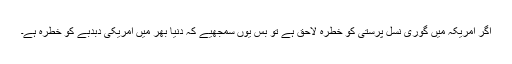
اگر امریکہ میں گوری نسل پرستی کو خطرہ لاحق ہے تو بس یوں سمجھیے کہ دنیا بھر میں امریکی دبدبے کو خطرہ ہے۔